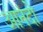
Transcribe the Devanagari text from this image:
आनंदो